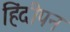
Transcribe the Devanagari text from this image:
हिंदीपन